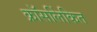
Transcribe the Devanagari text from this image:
क्रॉसलिंकित